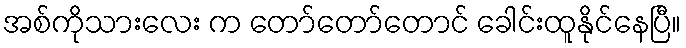
အစ်ကိုသားလေး က တော်တော်တောင် ခေါင်းထူနိုင်နေပြီ။